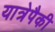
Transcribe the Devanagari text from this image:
यात्रेपैकी